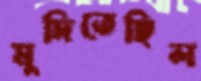
মুদিতেছিল